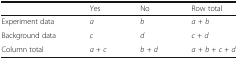
<table><thead><tr><td></td><td><b>Yes</b></td><td><b>No</b></td><td><b>Row total</b></td></tr></thead><tbody><tr><td>Experiment data</td><td><i>a</i></td><td><i>b</i></td><td><i>a</i> + <i>b</i></td></tr><tr><td>Background data</td><td><i>c</i></td><td><i>d</i></td><td><i>c</i> + <i>d</i></td></tr><tr><td>Column total</td><td><i>a</i> + <i>c</i></td><td><i>b</i> + <i>d</i></td><td><i>a</i> + <i>b</i> + <i>c</i> + <i>d</i></td></tr></tbody></table>